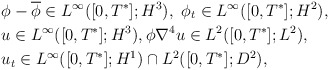
\begin{align*}& \phi-\overline{\phi} \in L^\infty([0,T^*]; H^3), \ \phi _t \in L^\infty([0,T^*]; H^2), \\& u\in L^\infty([0,T^*]; H^3),\phi \nabla^4 u \in L^2([0,T^*] ; L^2), \\& u_t \in L^\infty([0,T^*]; H^1)\cap L^2([0,T^*] ; D^2),\end{align*}